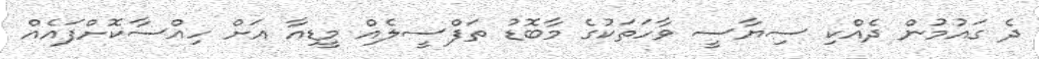
ދެ ގައުމުން ދެއްކި ސިޔާސީ ވާހަތަކުގެ މާބޮޑު ތަފްސީލެއް މީޑިއާ އަށް ހިއްސާކޮށްފައެއް